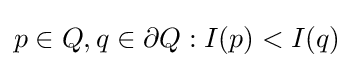
p\in Q,q\in \partial Q:I(p)<I(q)